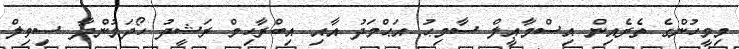
މިމީހުންގެ ތެރެއިން އިސްމާޢީލް ސާމިޙު އަޙްމަދު އާއި އިބްރާހިމް ރަޝީދު ހޯދަމުންދާ ސިވިލް